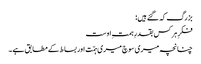
بزرگ کہ گئے ہیں:
فکرِ ہر کس بقدرِ ہمتِ اوست
چنانچہ میری سوچ میری ہمّت اور بساط کے مطابق ہے ۔